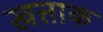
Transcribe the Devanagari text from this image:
खत्ताक